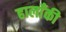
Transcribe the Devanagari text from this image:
हालाँकी